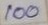
100